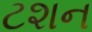
ટશન